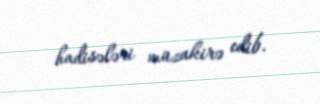
hadisələri müzakirə edib.